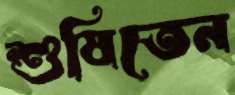
শুষিতেন